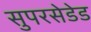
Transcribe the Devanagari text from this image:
सुपरसेडेड